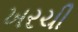
ખરચી